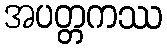
အပတ္တကဿ